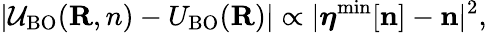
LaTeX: \vert{\cal U}_{\mathrm{BO}}({\mathbf R,n})-U_{\mathrm{BO}}({\mathbf R})\vert\propto\vert{\boldsymbol\eta}^{\mathrm{min}}[{\mathbf n}]-{\mathbf n}\vert^{2},